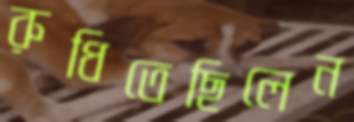
রুধিতেছিলেন